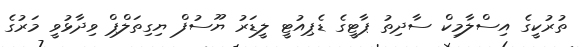
ތުރުކީގެ އިސްލާމިކް ސާދިތު ޕާޓީގެ ޑެޕިއުޓީ ލީޑަރު ޔޫސުފް ޔިގިތަލްޕް ވިދާޅުވީ މަރުގެ